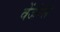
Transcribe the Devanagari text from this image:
वेंजंन्स